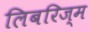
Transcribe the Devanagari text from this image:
लिबरिज्म